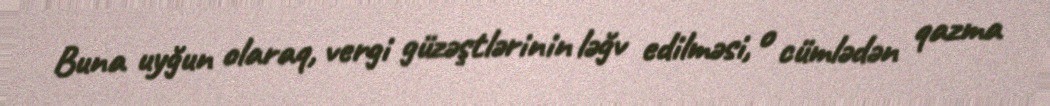
Buna uyğun olaraq, vergi güzəştlərinin ləğv edilməsi, o cümlədən qazma